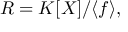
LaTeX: R = K [ X ] / \langle f \rangle ,